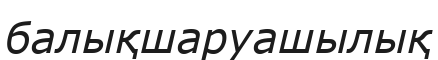
балықшаруашылық